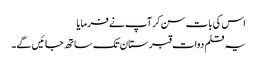
اس کی بات سن کر آپ نے فرمایا
یہ قلم دوات قبرستان تک ساتھ جائیں گے۔